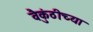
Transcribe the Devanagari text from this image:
वैकुंठीच्या